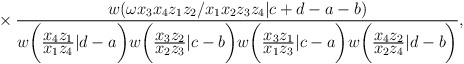
\begin{align*}{}~\times \frac{w(\omega x_3x_4z_1z_2/x_1x_2z_3z_4|c+d-a-b)}{w\bigg(\frac{\displaystyle x_4z_1}{\displaystyle x_1z_4}|d-a\bigg)w\bigg(\frac{\displaystyle x_3z_2}{\displaystyle x_2z_3}|c-b\bigg)w\bigg(\frac{\displaystyle x_3z_1}{\displaystyle x_1z_3}|c-a\bigg)w\bigg(\frac{\displaystyle x_4z_2}{\displaystyle x_2z_4}|d-b\bigg)},\end{align*}